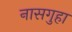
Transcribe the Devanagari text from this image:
नासगुहा